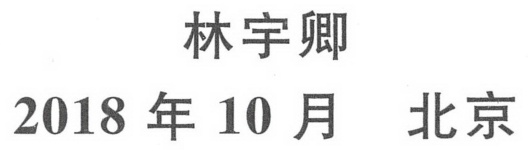
林宇卿
2018 年 10 月  北京